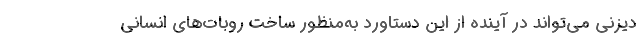
دیزنی می‌تواند در آینده از این دستاورد به‌منظور ساخت روبات‌های انسانی